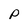
Character: p